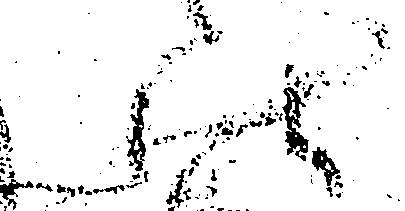
状